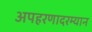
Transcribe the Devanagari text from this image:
अपहरणादरम्यान